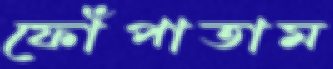
ফোঁপাতাম